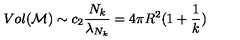
V o l ( { \cal M } ) \sim c _ { 2 } \frac { N _ { k } } { \lambda _ { N _ { k } } } = 4 \pi R ^ { 2 } ( 1 + \frac { 1 } { k } )